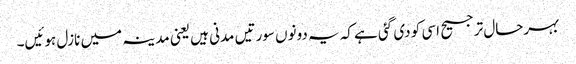
بہرحال ترجیح اسی کو دی گئی ہے کہ یہ دونوں سورتیں مدنی ہیں یعنی مدینہ میں نازل ہوئیں۔